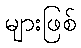
များဖြစ်